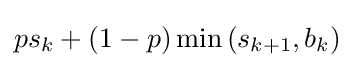
ps_{k}+(1-p)\min {(s_{k+1},b_{k})}